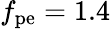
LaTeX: f_{\mathrm{pe}}=1.4